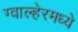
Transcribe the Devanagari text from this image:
ग्वाल्हेरमध्ये